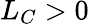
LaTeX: L_{C}>0